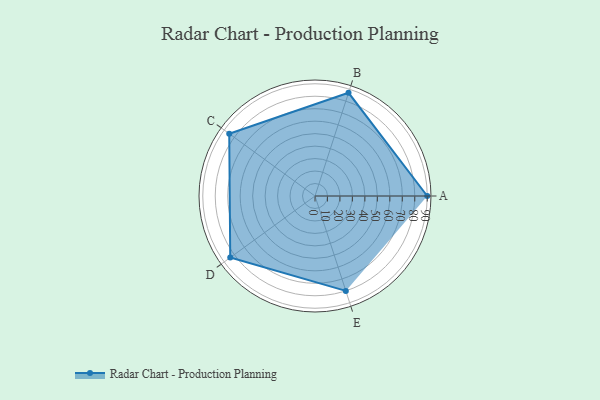
{"axis": {"x": "Skill", "y": "Score"}, "legend": ["Profile"], "data": [{"x": "A", "y": 90.0, "type": "Profile"}, {"x": "B", "y": 87.0, "type": "Profile"}, {"x": "C", "y": 85.0, "type": "Profile"}, {"x": "D", "y": 84.0, "type": "Profile"}, {"x": "E", "y": 80.0, "type": "Profile"}]}